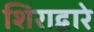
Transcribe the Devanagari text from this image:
शिराद्वारे